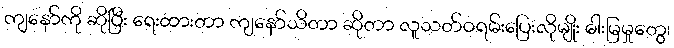
ကျနော်ကို ဆိုပြီး ရေးထားတာ ကျနော်သိတာ ဆိုတာ လူသတ်ဝရမ်းပြေးလိုမျိုး ဓါးမြမှုတွေ၊